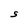
Character: S